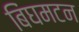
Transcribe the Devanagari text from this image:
बिंघमटन